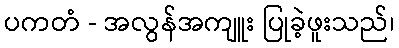
ပကတံ - အလွန်အကျူး ပြုခဲ့ဖူးသည်၊